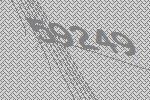
59249